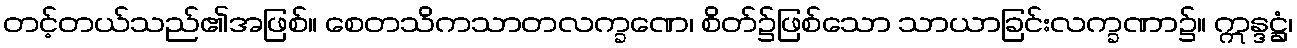
တင့်တယ်သည်၏အဖြစ်။ စေတသိကသာတလက္ခဏေ၊ စိတ်၌ဖြစ်သော သာယာခြင်းလက္ခဏာ၌။ ဣန္ဒဋ္ဌံ၊